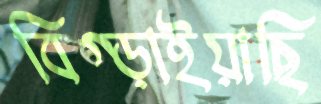
বিগ্‌ড়াইয়াছি